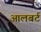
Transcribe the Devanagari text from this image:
आलबर्ट